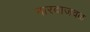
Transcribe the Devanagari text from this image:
नारदाजवळ